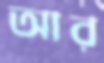
আর